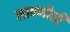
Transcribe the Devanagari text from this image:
लावणीशी